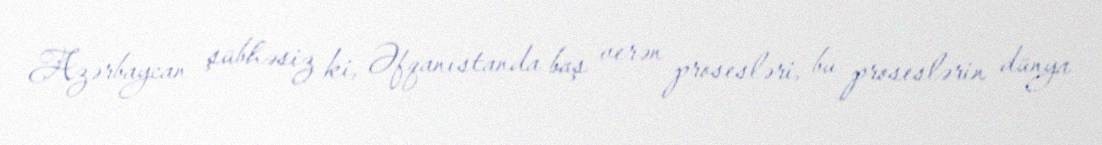
Azərbaycan şübhəsiz ki, Əfqanıstanda baş verən prosesləri, bu proseslərin dünya